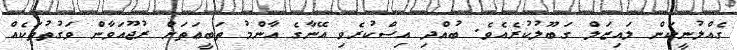
ގެއްލުނީކަން ލައިޒަލް ގަބޫލުކުރެއެވެ. ބުއްދި އިސްކުރެވި އޭނާގެ އާންމު ތަބީޢަތަށް ރުޖޫއަވާން ވަގުތުތަކެއް